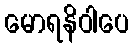
မောရနိဝါပေ